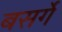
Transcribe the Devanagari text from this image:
बसर्गे